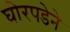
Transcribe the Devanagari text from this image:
घोरपडेने